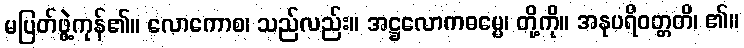
မပြတ်ဖွဲ့ကုန်၏။ လောကောစ၊ သည်လည်း။ အဋ္ဌလောကဓမ္မေ၊ တို့ကို။ အနုပရိဝတ္တတိ၊ ၏။